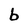
Character: b